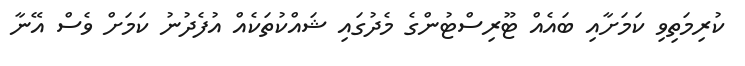
ކުރިމަތިވި ކަމަށާއި ބައެއް ޓޫރިސްޓުންގެ މެދުގައި ޝައްކުތަކެއް އުފެދުނު ކަމަށް ވެސް އޭނާ